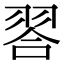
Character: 𮋁